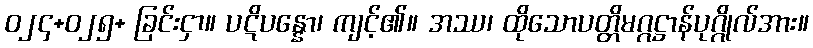
ဝ၂၄+၀၂၅+ ခြင်းငှာ။ ပဋိပန္နော၊ ကျင့်၏။ အဿ၊ ထိုသောပတ္တိမဂ္ဂဋ္ဌာန်ပုဂ္ဂိုလ်အား။